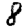
Digit: 8